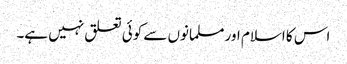
اس کا اسلام اور مسلمانوں سے کوئی تعلق نہیں ہے۔